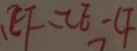
E F = C E - C F